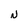
Character: N